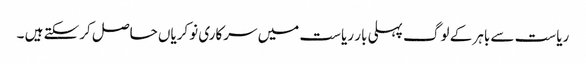
ریاست سے باہر کے لوگ پہلی بار ریاست میں سرکاری نوکریاں حاصل کرسکتے ہیں ۔